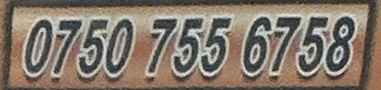
0750 755 6758